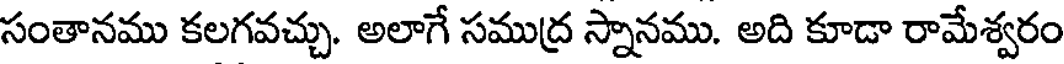
సంతానము కలగవచ్చు. అలాగే సముద్ర స్నానము. అది కూడా రామేశ్వరం